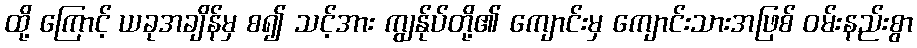
ထို့ ကြောင့် ယခုအချိန်မှ စ၍ သင့်အား ကျွန်ုပ်တို့၏ ကျောင်းမှ ကျောင်းသားအဖြစ် ဝမ်းနည်းစွာ